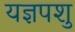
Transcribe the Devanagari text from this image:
यज्ञपशु